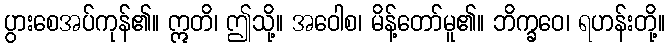
ပွားစေအပ်ကုန်၏။ ဣတိ၊ ဤသို့။ အဝေါစ၊ မိန့်တော်မူ၏။ ဘိက္ခဝေ၊ ရဟန်းတို့။